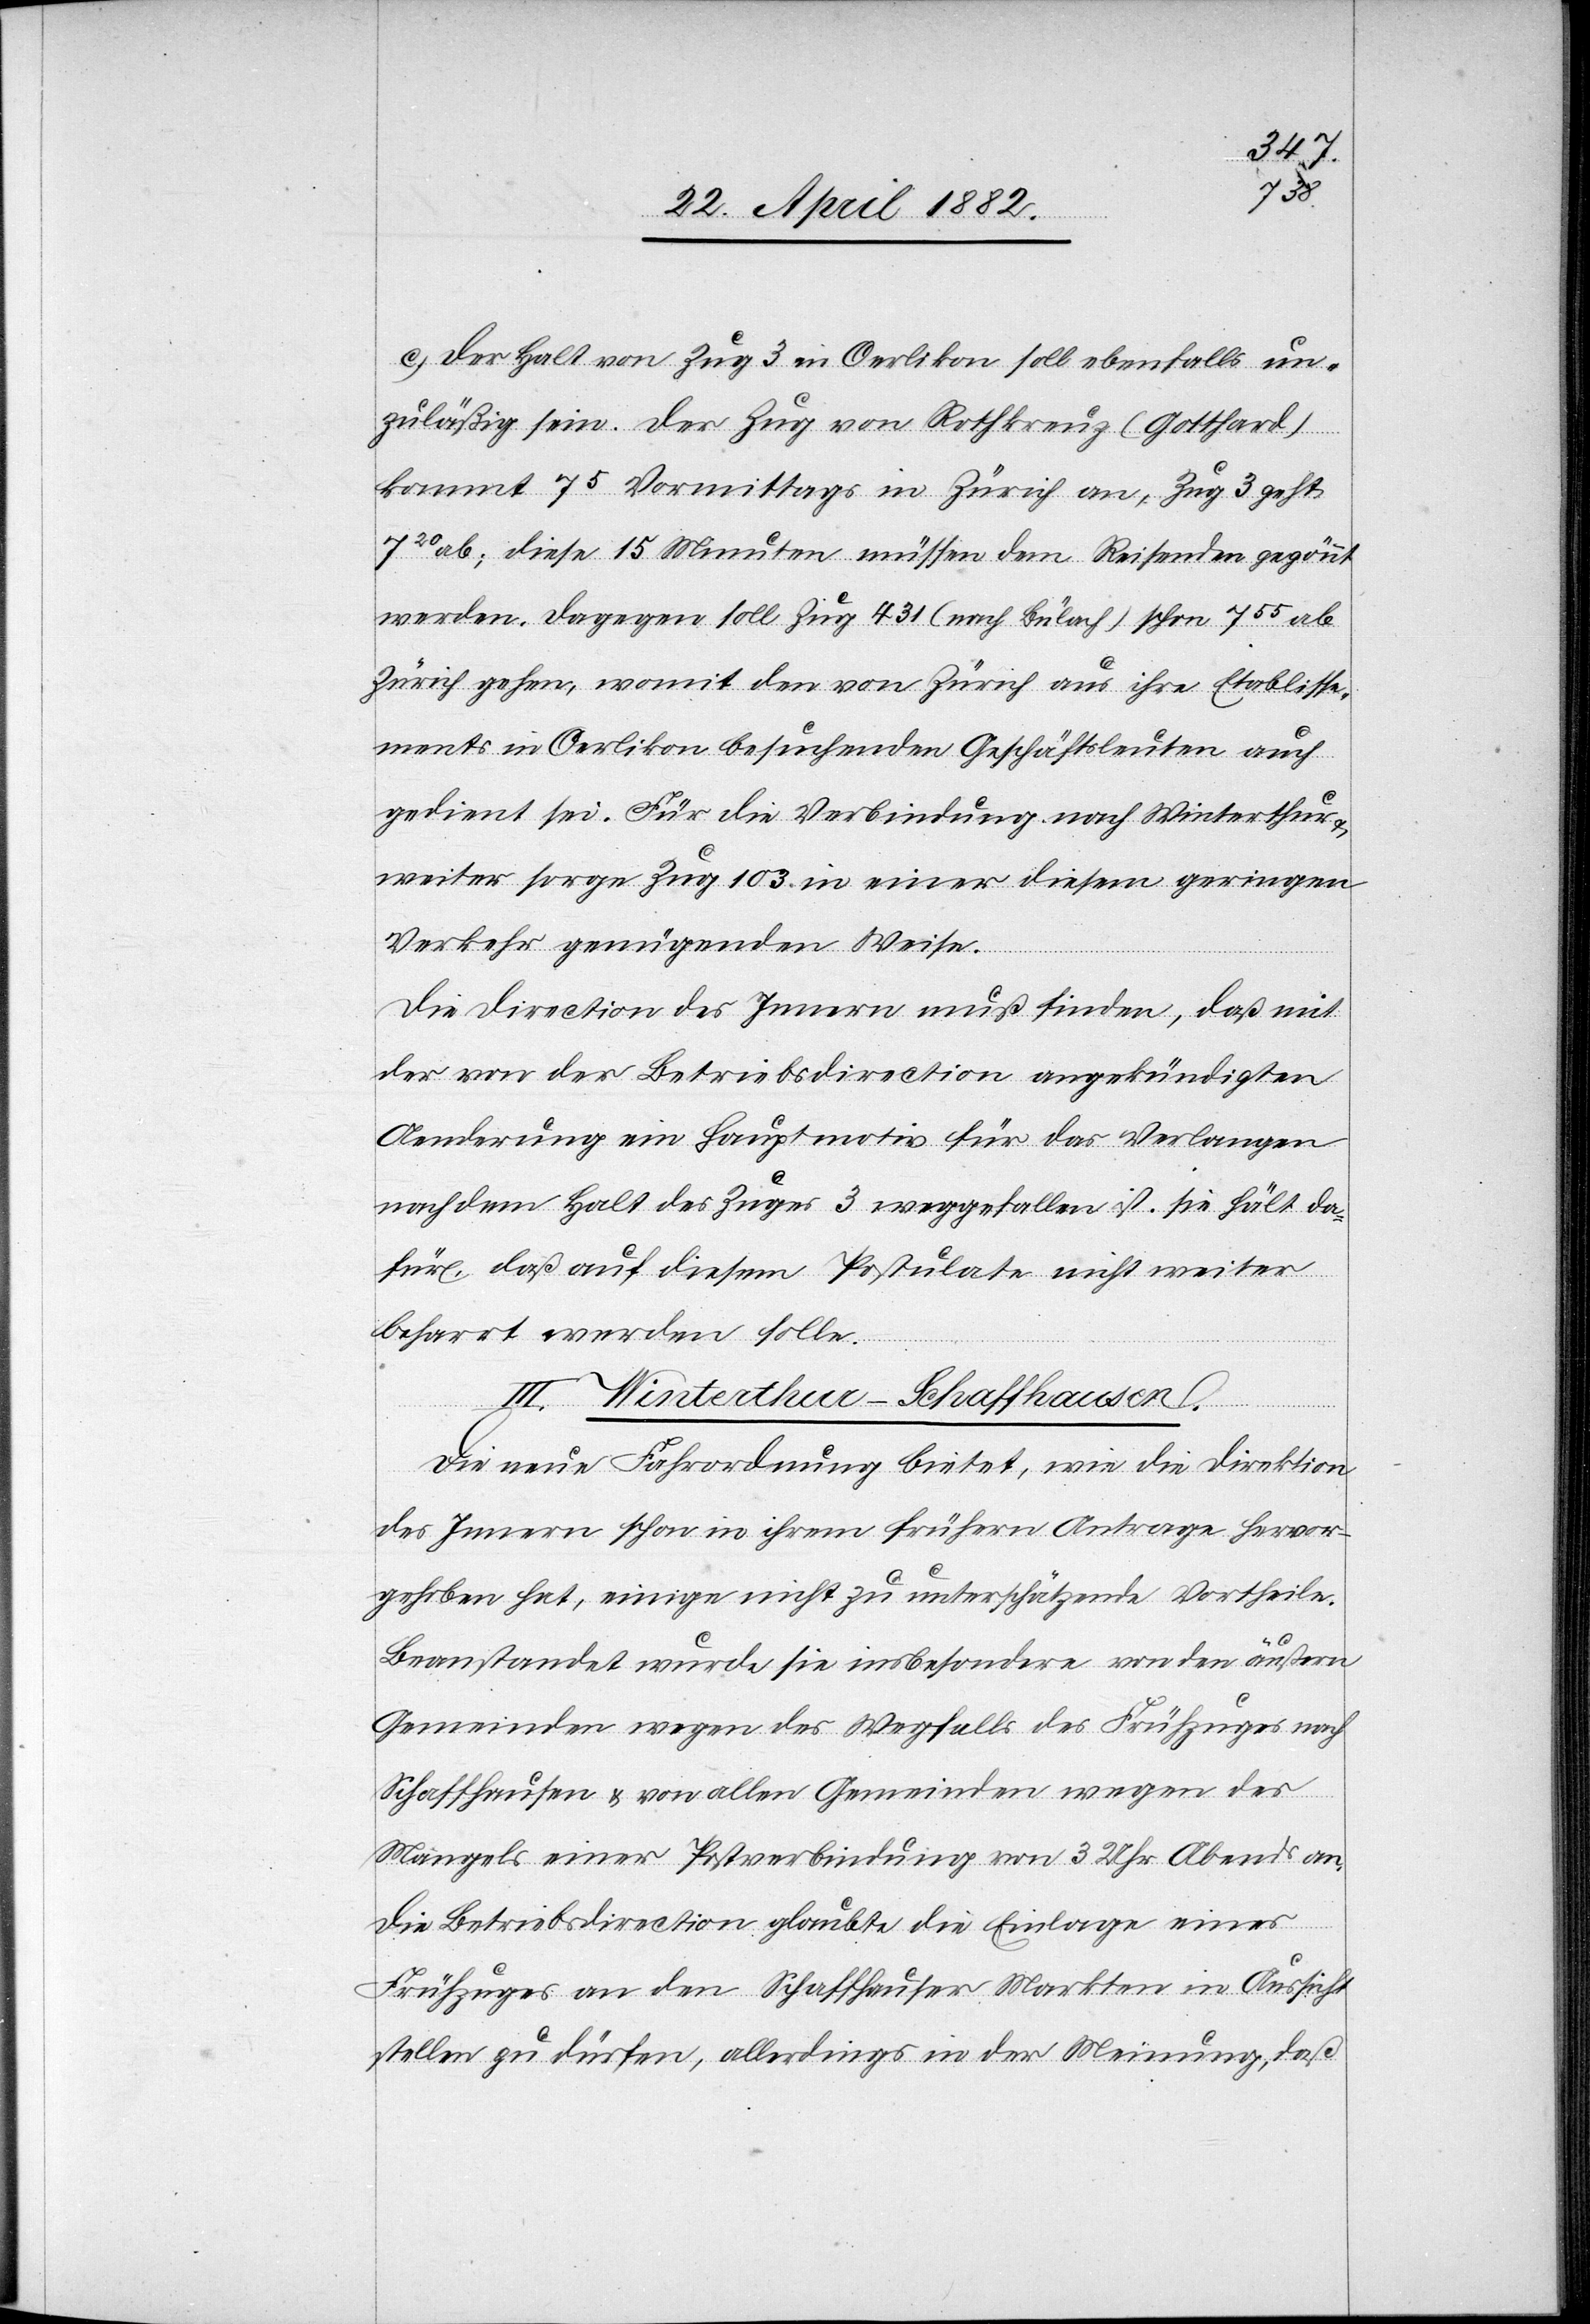
c. Der Halt von Zug 3 in Oerlikon soll ebenfalls un¬
zuläßig sein. Der Zug von Rothkreuz (Gotthard)
kommt 75 Vormittags in Zürich an, Zug 3 geht
720 ab; diese 15 Minuten müssen dem Reisenden gegönnt
werden. Dagegen soll Zug 431 (nach Bülach) schon 755 ab
Zürich gehen, womit den von Zürich aus ihre Etablisse¬
ments in Oerlikon besuchenden Geschäftsleuten auch
gedient sei. Für die Verbindung nach Winterthur
weiter sorge Zug 103 in einer diesem geringen
Verkehr genügenden Weise.
Die Direction des Innern muß finden, daß mit
der von der Betriebsdirection angekündigten
Aenderung ein Hauptmotiv für das Verlangen
nach dem Halt des Zuges 3 weggefallen ist. Sie hält da¬
für, daß auf diesem Postulate nicht weiter
beharrt werden solle.
III. Winterthur–Schaffhausen.
an.
Die neue Fahrordnung bietet, wie die Direktion
des Innern schon in ihrem frühern Antrage hervor¬
gehoben hat, einige nicht zu unterschätzende Vortheile.
Beanstandet werde sie insbesondere von den äußern
Gemeinden wegen des Wegfalls von 3 Uhr Ab¬
Die Betriebsdirection glaubte die Einlage eines
Frühzuges an den Schaffhauser Märkten in Aussicht
stellen zu dürfen, allerdings in der Meinung, daß